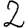
Digit: 2